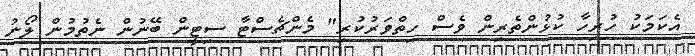
އެކަމަކު ހުރިހާ ކުޅުންތެރިން ވެސް ހިތްވަރުކުރި" މެންޗެސްޓާ ސިޓީން ބޭނުން ނެތުމުން ލޯނު